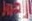
الاحمر